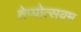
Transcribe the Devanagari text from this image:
तेप्पोत्सवम